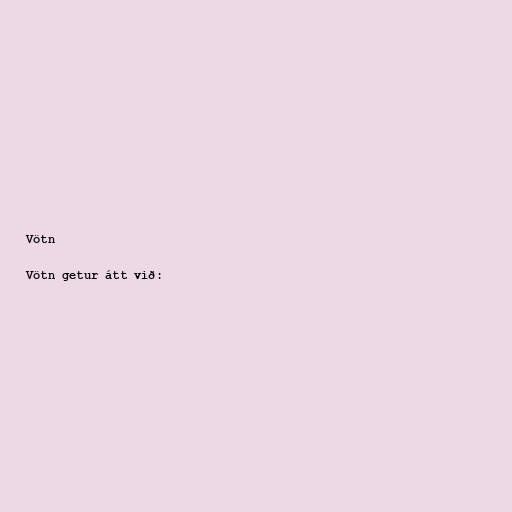
Vötn

Vötn getur átt við: